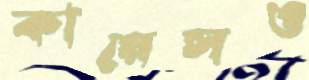
কায়েসও